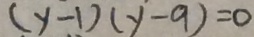
( y - 1 ) ( y - 9 ) = 0